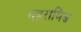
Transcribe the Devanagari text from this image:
गहरामिस्र